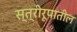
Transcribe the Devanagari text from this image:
स्त्रीरूपातील